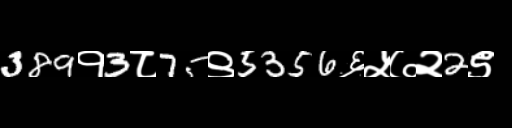
Text: 389१3८75९5356६५७२2९